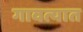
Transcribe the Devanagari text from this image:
गावत्यात